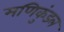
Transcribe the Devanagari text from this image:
मणिकुंडल